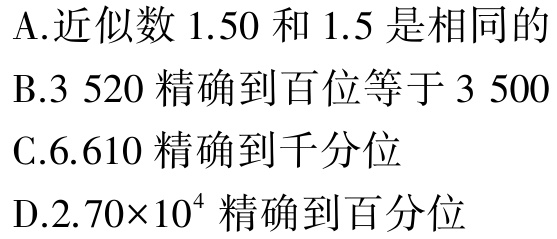
A.近似数 \(1.50\) 和 \(1.5\) 是相同的

B.3 520 精确到百位等于 3 500

C.6.610 精确到千分位

D.\(2.70\times10^{4}\) 精确到百分位